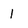
Character: 1